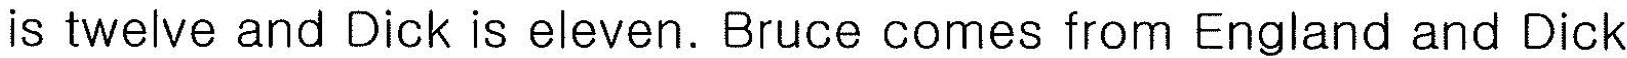
is twelve and Dick is eleven. Bruce comes from England and Dick